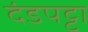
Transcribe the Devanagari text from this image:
दंडपट्टा